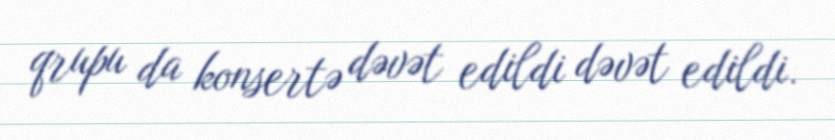
qrupu da konsertə dəvət edildi dəvət edildi.